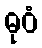
ဓုဝံ